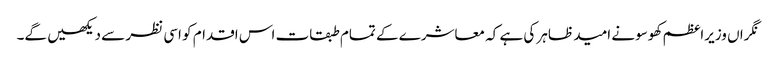
نگراں وزیراعظم کھوسو نے امید ظاہر کی ہے کہ معاشرے کے تمام طبقات اس اقدام کو اسی نظر سے دیکھیں گے۔